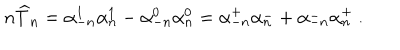
n \widehat T _ { n } = \alpha _ { - n } ^ { 1 } \alpha _ { n } ^ { 1 } - \alpha _ { - n } ^ { 0 } \alpha _ { n } ^ { 0 } = \alpha _ { - n } ^ { + } \alpha _ { n } ^ { - } + \alpha _ { - n } ^ { - } \alpha _ { n } ^ { + } \ .